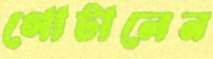
গোটালেন